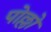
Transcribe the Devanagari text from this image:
पोल्लो